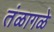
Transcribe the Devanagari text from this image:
तंळागळे